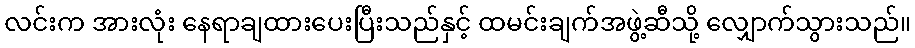
လင်းက အားလုံး နေရာချထားပေးပြီးသည်နှင့် ထမင်းချက်အဖွဲ့ဆီသို့ လျှောက်သွားသည်။